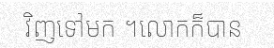
វិញទៅមក ។លោកក៏បាន